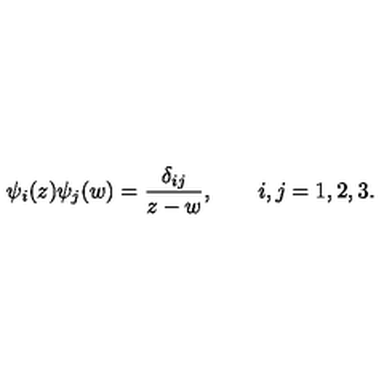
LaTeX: \psi _ { i } ( z ) \psi _ { j } ( w ) = \frac { \delta _ { i j } } { z - w } , \qquad i , j = 1 , 2 , 3 .